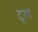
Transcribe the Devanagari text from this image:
दृश्‍य